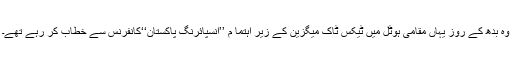
وہ بدھ کے روز یہاں مقامی ہوٹل میں ٹیکس ٹاک میگزین کے زیر اہتما م ’’انسپائرنگ پاکستان‘‘کانفرنس سے خطاب کر رہے تھے۔